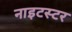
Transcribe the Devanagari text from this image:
नाइटस्टर